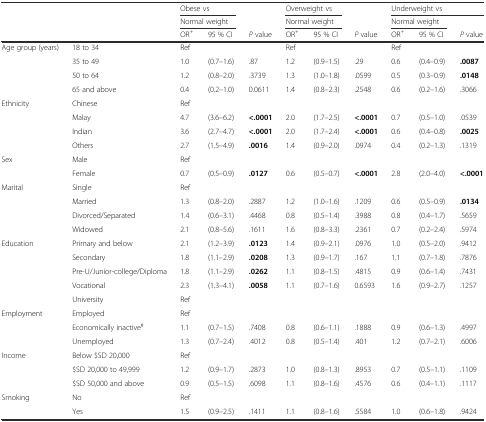
<table><thead><tr><td></td><td></td><td colspan="2"><b>Obese vs</b></td><td></td><td colspan="2"><b>Overweight vs</b></td><td></td><td colspan="3"><b>Underweight vs</b></td></tr><tr><td></td><td></td><td colspan="2"><b>Normal weight</b></td><td></td><td colspan="2"><b>Normal weight</b></td><td></td><td colspan="2"><b>Normal weight</b></td><td></td></tr><tr><td></td><td></td><td><b>OR<sup>+</sup></b></td><td><b>95 % CI</b></td><td><b><i>P</i> value</b></td><td><b>OR<sup>+</sup></b></td><td><b>95 % CI</b></td><td><b><i>P</i> value</b></td><td><b>OR<sup>+</sup></b></td><td><b>95 % CI</b></td><td><b><i>P</i> value</b></td></tr></thead><tbody><tr><td>Age group (years)</td><td>18 to 34</td><td>Ref</td><td></td><td></td><td>Ref</td><td></td><td></td><td>Ref</td><td></td><td></td></tr><tr><td></td><td>35 to 49</td><td>1.0</td><td>(0.7–1.6)</td><td>.87</td><td>1.2</td><td>(0.9–1.5)</td><td>.29</td><td>0.6</td><td>(0.4–0.9)</td><td><b>.0087</b></td></tr><tr><td></td><td>50 to 64</td><td>1.2</td><td>(0.8–2.0)</td><td>.3739</td><td>1.3</td><td>(1.0–1.8)</td><td>.0599</td><td>0.5</td><td>(0.3–0.9)</td><td><b>.0148</b></td></tr><tr><td></td><td>65 and above</td><td>0.4</td><td>(0.2–1.0)</td><td>0.0611</td><td>1.4</td><td>(0.8–2.3)</td><td>.2548</td><td>0.6</td><td>(0.2–1.6)</td><td>.3066</td></tr><tr><td>Ethnicity</td><td>Chinese</td><td>Ref</td><td></td><td></td><td></td><td></td><td></td><td></td><td></td><td></td></tr><tr><td></td><td>Malay</td><td>4.7</td><td>(3.6–6.2)</td><td><b>&lt;.0001</b></td><td>2.0</td><td>(1.7–2.5)</td><td><b>&lt;.0001</b></td><td>0.7</td><td>(0.5–1.0)</td><td>.0539</td></tr><tr><td></td><td>Indian</td><td>3.6</td><td>(2.7–4.7)</td><td><b>&lt;.0001</b></td><td>2.0</td><td>(1.7–2.4)</td><td><b>&lt;.0001</b></td><td>0.6</td><td>(0.4–0.8)</td><td><b>.0025</b></td></tr><tr><td></td><td>Others</td><td>2.7</td><td>(1.5–4.9)</td><td><b>.0016</b></td><td>1.4</td><td>(0.9–2.0)</td><td>.0974</td><td>0.4</td><td>(0.2–1.3)</td><td>.1319</td></tr><tr><td>Sex</td><td>Male</td><td>Ref</td><td></td><td></td><td></td><td></td><td></td><td></td><td></td><td></td></tr><tr><td></td><td>Female</td><td>0.7</td><td>(0.5–0.9)</td><td><b>.0127</b></td><td>0.6</td><td>(0.5–0.7)</td><td><b>&lt;.0001</b></td><td>2.8</td><td>(2.0–4.0)</td><td><b>&lt;.0001</b></td></tr><tr><td>Marital</td><td>Single</td><td>Ref</td><td></td><td></td><td></td><td></td><td></td><td></td><td></td><td></td></tr><tr><td></td><td>Married</td><td>1.3</td><td>(0.8–2.0)</td><td>.2887</td><td>1.2</td><td>(1.0–1.6)</td><td>.1209</td><td>0.6</td><td>(0.5–0.9)</td><td><b>.0134</b></td></tr><tr><td></td><td>Divorced/Separated</td><td>1.4</td><td>(0.6–3.1)</td><td>.4468</td><td>0.8</td><td>(0.5–1.4)</td><td>.3988</td><td>0.8</td><td>(0.4–1.7)</td><td>.5659</td></tr><tr><td></td><td>Widowed</td><td>2.1</td><td>(0.8–5.6)</td><td>.1611</td><td>1.6</td><td>(0.8–3.3)</td><td>.2361</td><td>0.7</td><td>(0.2–2.4)</td><td>.5974</td></tr><tr><td>Education</td><td>Primary and below</td><td>2.1</td><td>(1.2–3.9)</td><td><b>.0123</b></td><td>1.4</td><td>(0.9–2.1)</td><td>.0976</td><td>1.0</td><td>(0.5–2.0)</td><td>.9412</td></tr><tr><td></td><td>Secondary</td><td>1.8</td><td>(1.1–2.9)</td><td><b>.0208</b></td><td>1.3</td><td>(0.9–1.7)</td><td>.167</td><td>1.1</td><td>(0.7–1.8)</td><td>.7876</td></tr><tr><td></td><td>Pre-U/Junior-college/Diploma</td><td>1.8</td><td>(1.1–2.9)</td><td><b>.0262</b></td><td>1.1</td><td>(0.8–1.5)</td><td>.4815</td><td>0.9</td><td>(0.6–1.4)</td><td>.7431</td></tr><tr><td></td><td>Vocational</td><td>2.3</td><td>(1.3–4.1)</td><td><b>.0058</b></td><td>1.1</td><td>(0.7–1.6)</td><td>0.6593</td><td>1.6</td><td>(0.9–2.7)</td><td>.1257</td></tr><tr><td></td><td>University</td><td>Ref</td><td></td><td></td><td></td><td></td><td></td><td></td><td></td><td></td></tr><tr><td>Employment</td><td>Employed</td><td>Ref</td><td></td><td></td><td></td><td></td><td></td><td></td><td></td><td></td></tr><tr><td></td><td>Economically inactive<sup>#</sup></td><td>1.1</td><td>(0.7–1.5)</td><td>.7408</td><td>0.8</td><td>(0.6–1.1)</td><td>.1888</td><td>0.9</td><td>(0.6–1.3)</td><td>.4997</td></tr><tr><td></td><td>Unemployed</td><td>1.3</td><td>(0.7–2.4)</td><td>.4012</td><td>0.8</td><td>(0.5–1.4)</td><td>.401</td><td>1.2</td><td>(0.7–2.1)</td><td>.6006</td></tr><tr><td>Income</td><td>Below $SD 20,000</td><td>Ref</td><td></td><td></td><td></td><td></td><td></td><td></td><td></td><td></td></tr><tr><td></td><td>$SD 20,000 to 49,999</td><td>1.2</td><td>(0.9–1.7)</td><td>.2873</td><td>1.0</td><td>(0.8–1.3)</td><td>.8953</td><td>0.7</td><td>(0.5–1.1)</td><td>.1109</td></tr><tr><td></td><td>$SD 50,000 and above</td><td>0.9</td><td>(0.5–1.5)</td><td>.6098</td><td>1.1</td><td>(0.8–1.6)</td><td>.4576</td><td>0.6</td><td>(0.4–1.1)</td><td>.1117</td></tr><tr><td>Smoking</td><td>No</td><td>Ref</td><td></td><td></td><td></td><td></td><td></td><td></td><td></td><td></td></tr><tr><td></td><td>Yes</td><td>1.5</td><td>(0.9–2.5)</td><td>.1411</td><td>1.1</td><td>(0.8–1.6)</td><td>.5584</td><td>1.0</td><td>(0.6–1.8)</td><td>.9424</td></tr></tbody></table>